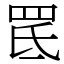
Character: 䍕